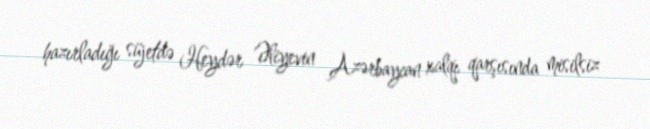
hazırladığı süjetdə Heydər Əliyevin Azərbaycan xalqı qarşısında misilsiz